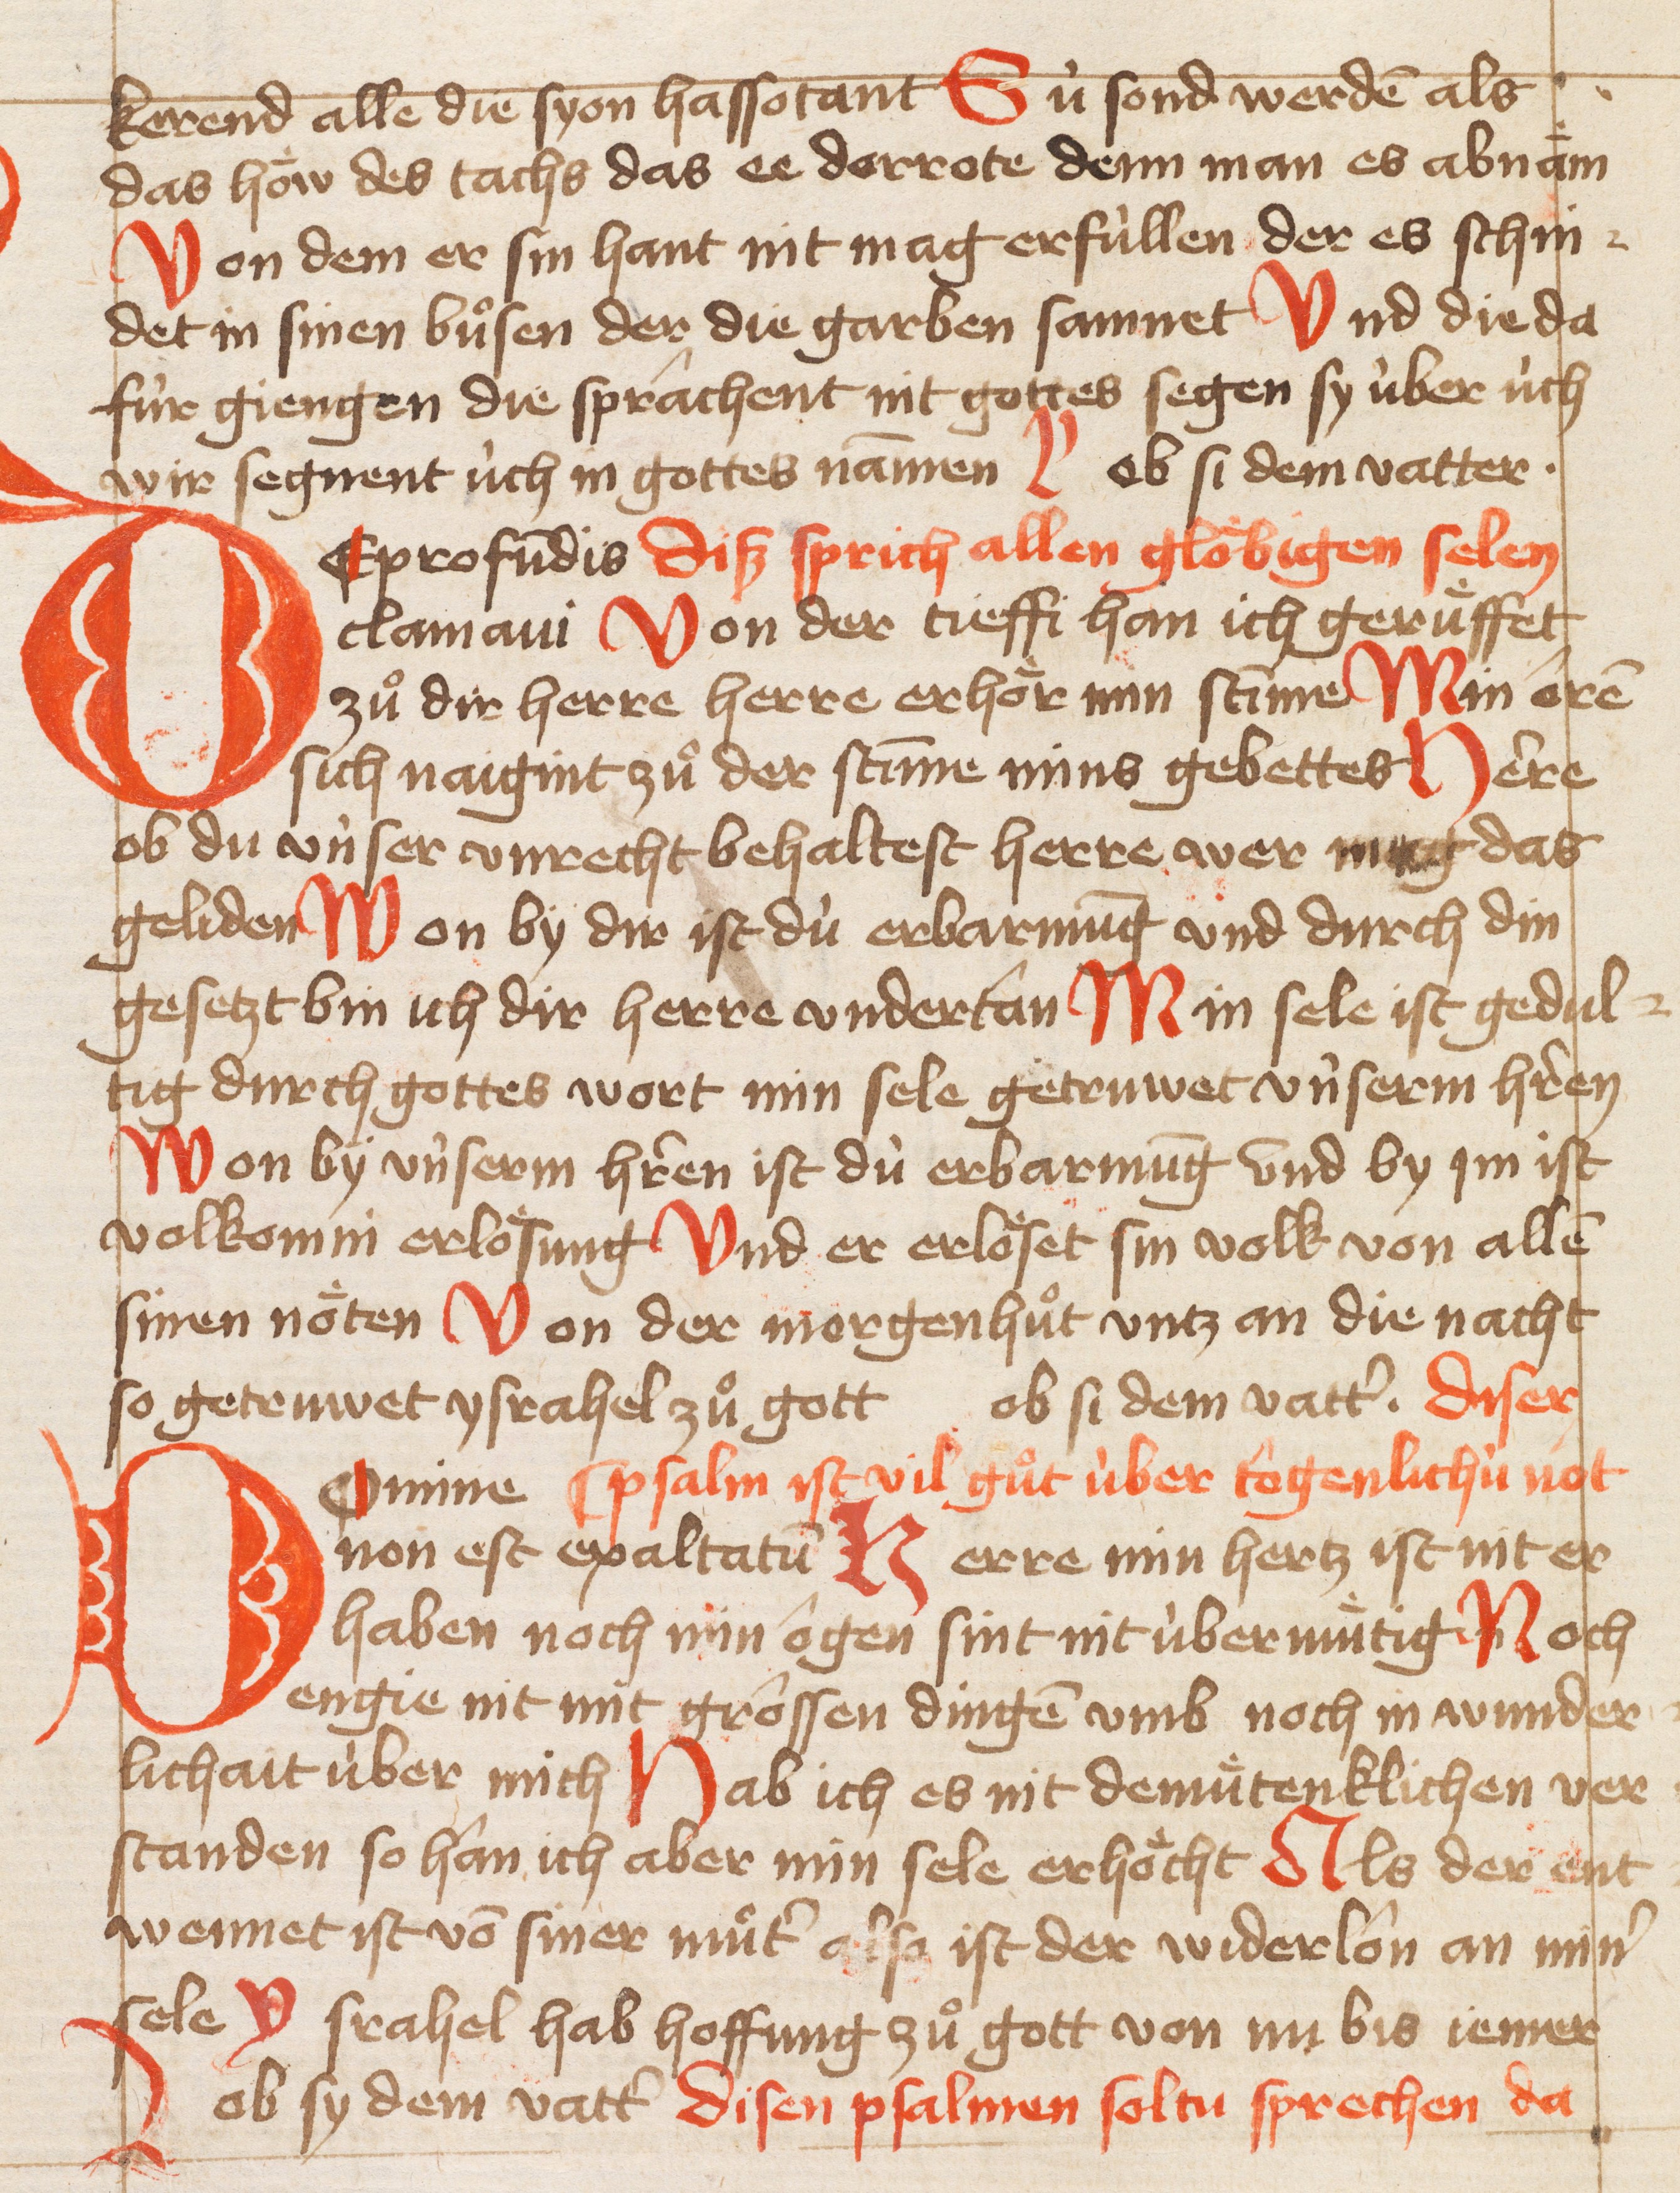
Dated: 1421–1421